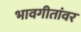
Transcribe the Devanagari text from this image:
भावगीतांवर